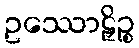
ဥဿောဠှိဉ္စ